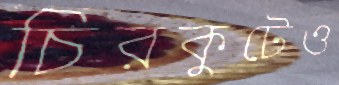
চিরকুটেও